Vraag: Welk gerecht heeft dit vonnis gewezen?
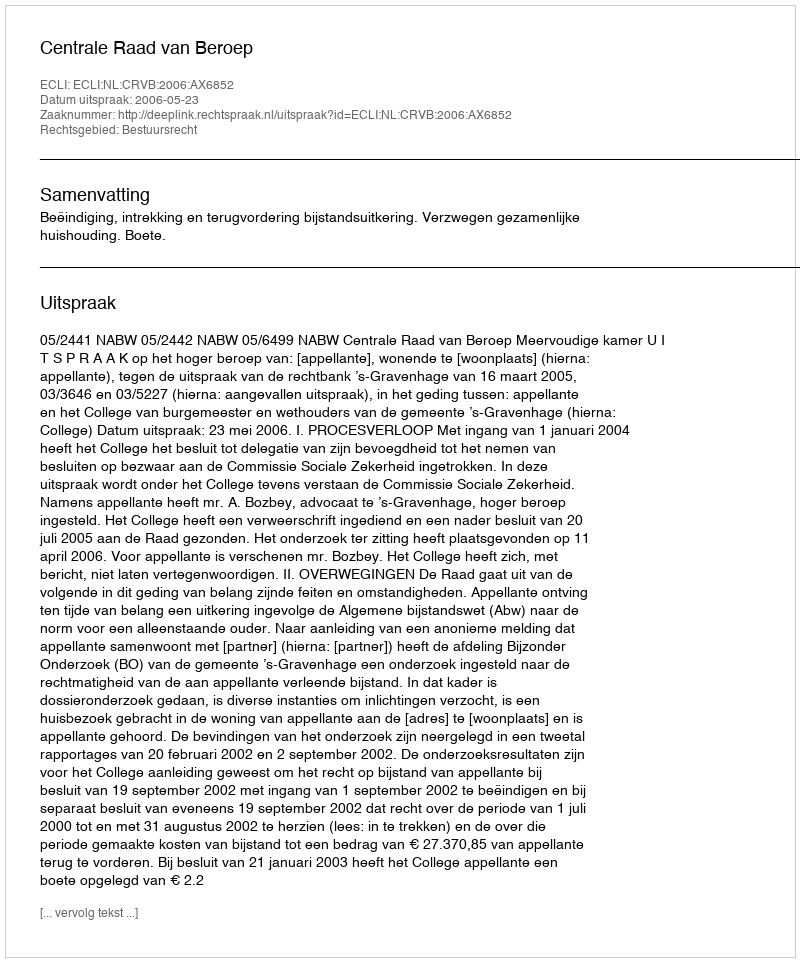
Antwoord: Centrale Raad van Beroep